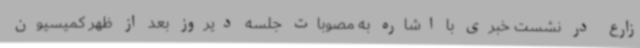
زارع در نشست خبری با اشاره به مصوبات جلسه دیروز بعد از ظهر کمیسیون